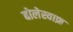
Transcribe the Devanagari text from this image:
बोलेस्वाफ़